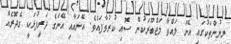
ލިޔުންތަކުގައި އޭނަ ލައްވާ މަޖްބޫރަކުން ސޮއި ކުރުވާފައެވެ. އޭނައާއި އޭނަގެ ދަރިފުޅަކީ ގެދޮރެއް